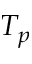
T _ { p }